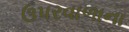
ઉપરવાળાના